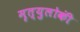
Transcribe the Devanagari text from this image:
मृत्युलोकीं